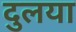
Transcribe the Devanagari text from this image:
दुलया